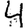
Digit: 4